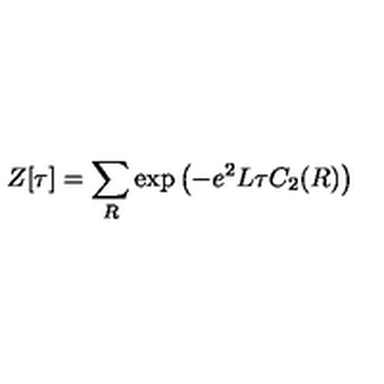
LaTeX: Z [ \tau ] = \sum _ { R } \exp \left( - e ^ { 2 } L \tau C _ { 2 } ( R ) \right)